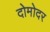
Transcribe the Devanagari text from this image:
दोमोदर